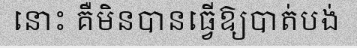
នោះ គឺមិនបានធ្វើឱ្យបាត់បង់